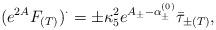
LaTeX: \begin{align*}(e^{2A}F_{(T)})^{\cdot} = \pm\kappa_5^2e^{A_{\pm}-\alpha^{(0)}_{\pm}} \bar{\tau}_{\pm(T)}, \end{align*}